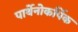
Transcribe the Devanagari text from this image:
पार्थेनोकर्पिक